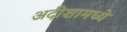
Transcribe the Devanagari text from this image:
अदीशामध्ये